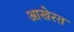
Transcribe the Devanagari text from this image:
आखेरत